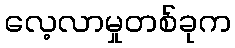
လေ့လာမှုတစ်ခုက